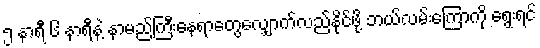
၅ နာရီ ၆ နာရီနဲ့ နာမည်ကြီးနေရာတွေလျှောက်လည်နိုင်ဖို့ ဘယ်လမ်းကြောကို ရွေးရင်